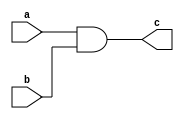
`timescale 1ns / 1ns
module norgate(c,a,b);
input a,b;
output c;
and(c,a,b);
endmodule